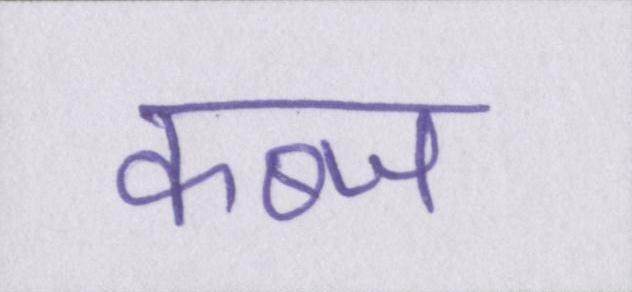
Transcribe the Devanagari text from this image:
कब्ज